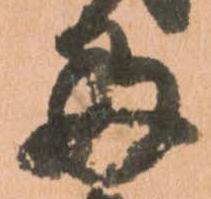
多